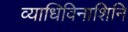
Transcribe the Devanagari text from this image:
व्याधिविनाशिनि